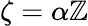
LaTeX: \zeta=\alpha\mathbb{Z}